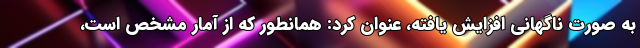
به صورت ناگهانی افزایش یافته، عنوان کرد: همانطور که از آمار مشخص است،